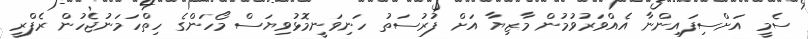
ސެމީ އަށްސިފައިންނާ އެއްވަރުވުމުން މާޒިޔާ އަށް ފުރުސަތު ހަނިވަނީމޮޅުވިޔަސް މޯހަންގެ ހިތްހަމަނުޖެހުން ރެފްރީ